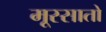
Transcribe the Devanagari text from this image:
मूस्सातो